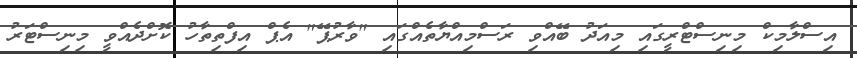
އިސްލާމިކް މިނިސްޓްރީގައި މިއަދު ބޭއްވި ރަސްމިއްޔާތެއްގައި "ވާރުޕޭ" އެޕް އިފްތިތާހު ކޮށްދެއްވީ މިނިސްޓަރު